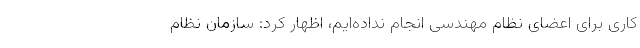
کاری برای اعضای نظام مهندسی انجام نداده‌ایم، اظهار کرد: سازمان نظام